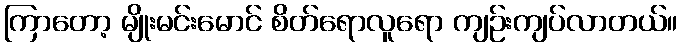
ကြာတော့ မျိုးမင်းမောင် စိတ်ရောလူရော ကျဉ်းကျပ်လာတယ်။